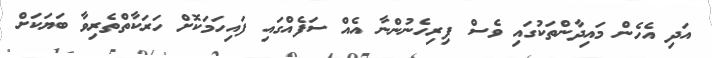
އަދި އެހެން މައިދާންތަކުގައި ވެސް ފިރިހެނުންނާ އެއް ސަފެއްގައި ފައިހަމަކޮށް ހަރަކާތްތެރިވާ ބަޔަކަށް